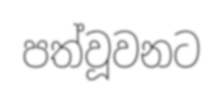
පත්වූවනට